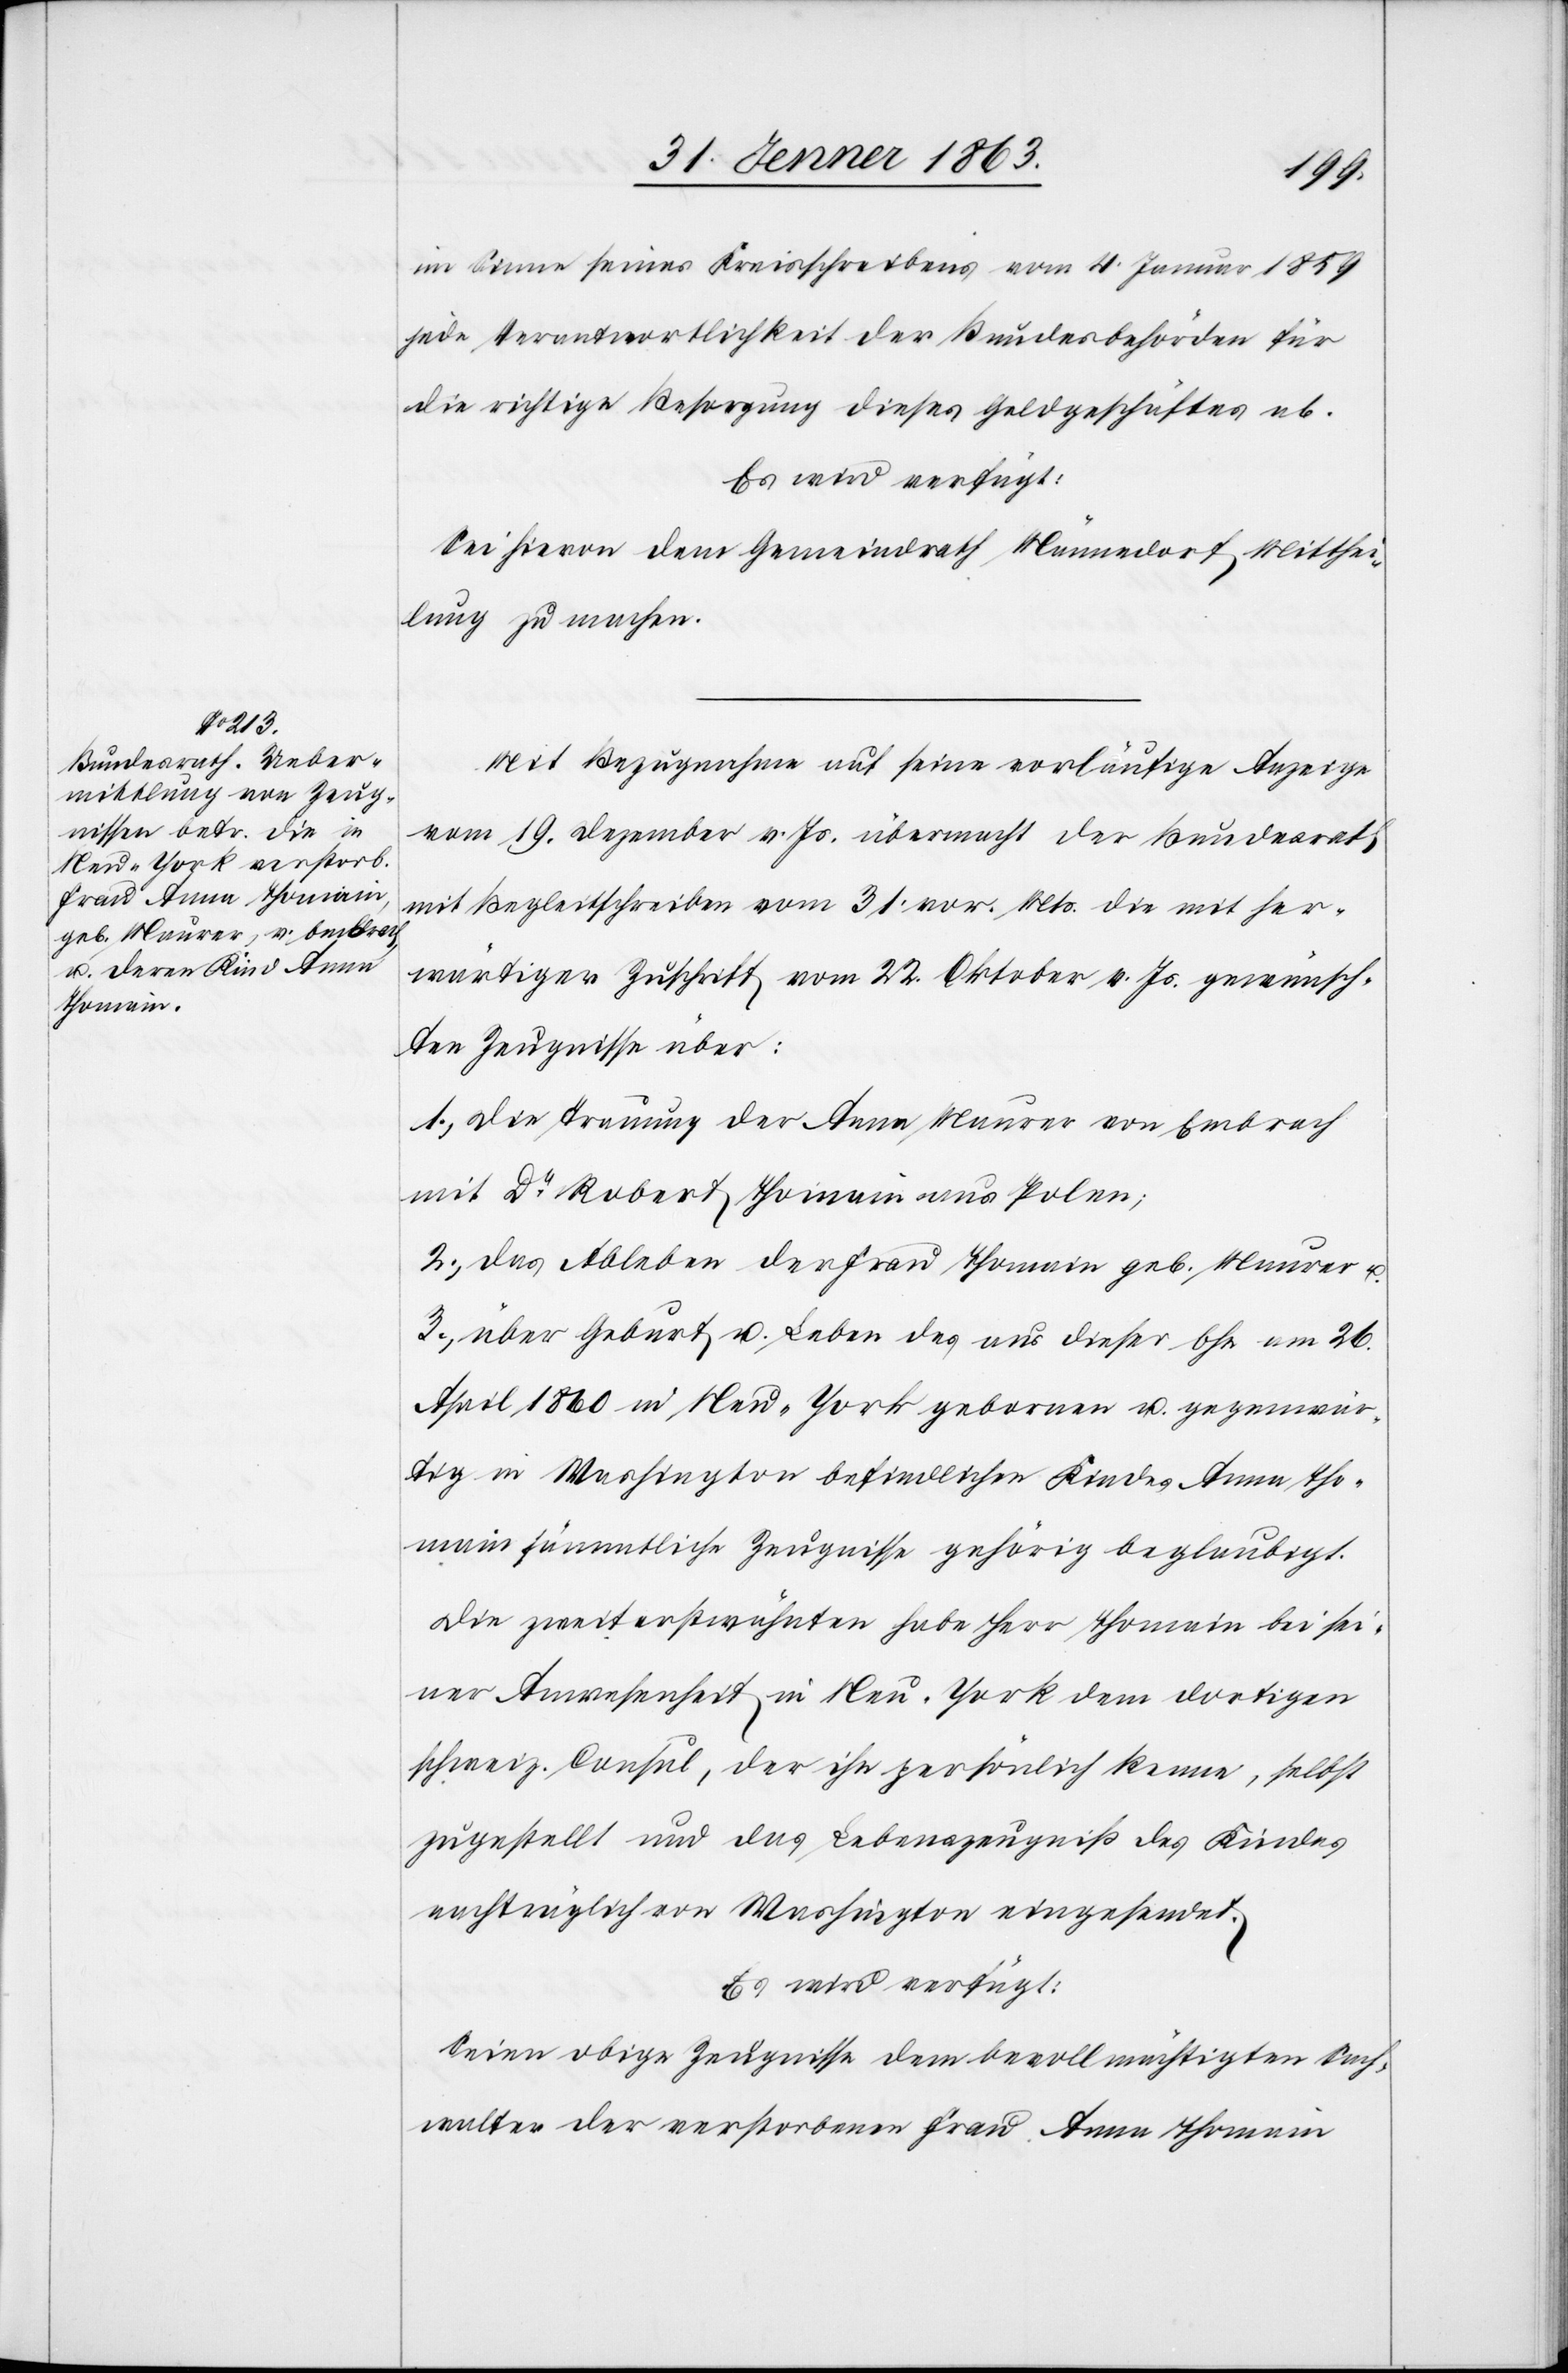
1863.]
im Sinne seines Kreisschreibens vom 4. Januar 1859
jede Verantwortlichkeit der Bundesbehörden für
die richtige Besorgung dieses Geldgeschäftes ab.
Es wird verfügt:
Sei hievon dem Gemeindrath Männedorf Mitthei¬
lung zu machen.
Mit Bezugnahme auf seine vorläufige Anzeige
vom 19. Dezember v. Js. übermacht der Bundesrath
mit Begleitschreiben vom 31. vor. Mts. die mit her¬
wärtiger Zuschrift vom 22. Oktober v. Js. gewünsch¬
ten Zeugnisse über:
1.) Die Trauung der Anna Maurer von Embrach
mit Dr Robert Thomain aus Polen;
2.) das Ableben der Frau Thomain geb. Maurer u.
3.) über Geburt u. Leben des aus dieser Ehe am 26.
April 1860 in Neu-York gebornen u. gegenwär¬
tig in Washington befindlichen Kindes Anna Tho¬
main sämmtliche Zeugnisse gehörig beglaubigt.
Die zweit erstwähnten [sic!] habe Herr Thomain bei sei¬
ner Anwesenheit in Neu-York dem dortigen
schweiz. Consul, der ihn persönlich kenne, selbst
zugestellt und das Lebenszeugniß des Kindes
nachträglich von Washington eingesendet.
Es wird verfügt:
Seien obige Zeugnisse dem bevollmächtigten Sach¬
walter der verstorbenen Frau Anna Thomain